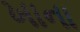
ખાના